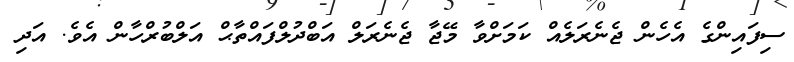
ސިފައިންގެ އެހެން ޖެނެރަލެއް ކަމަށްވާ މޭޖާ ޖެނެރަލް އަބްދުލްފައްތާޙް އަލްބުރްހާން އެވެ. އަދި